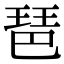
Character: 琶